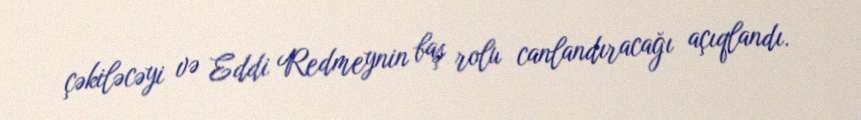
çəkiləcəyi və Eddi Redmeynin baş rolu canlandıracağı açıqlandı.